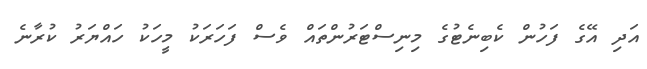
އަދި އޭގެ ފަހުން ކެބިނެޓުގެ މިނިސްޓަރުންތައް ވެސް ފަހަރަކު މީހަކު ހައްޔަރު ކުރާނެ